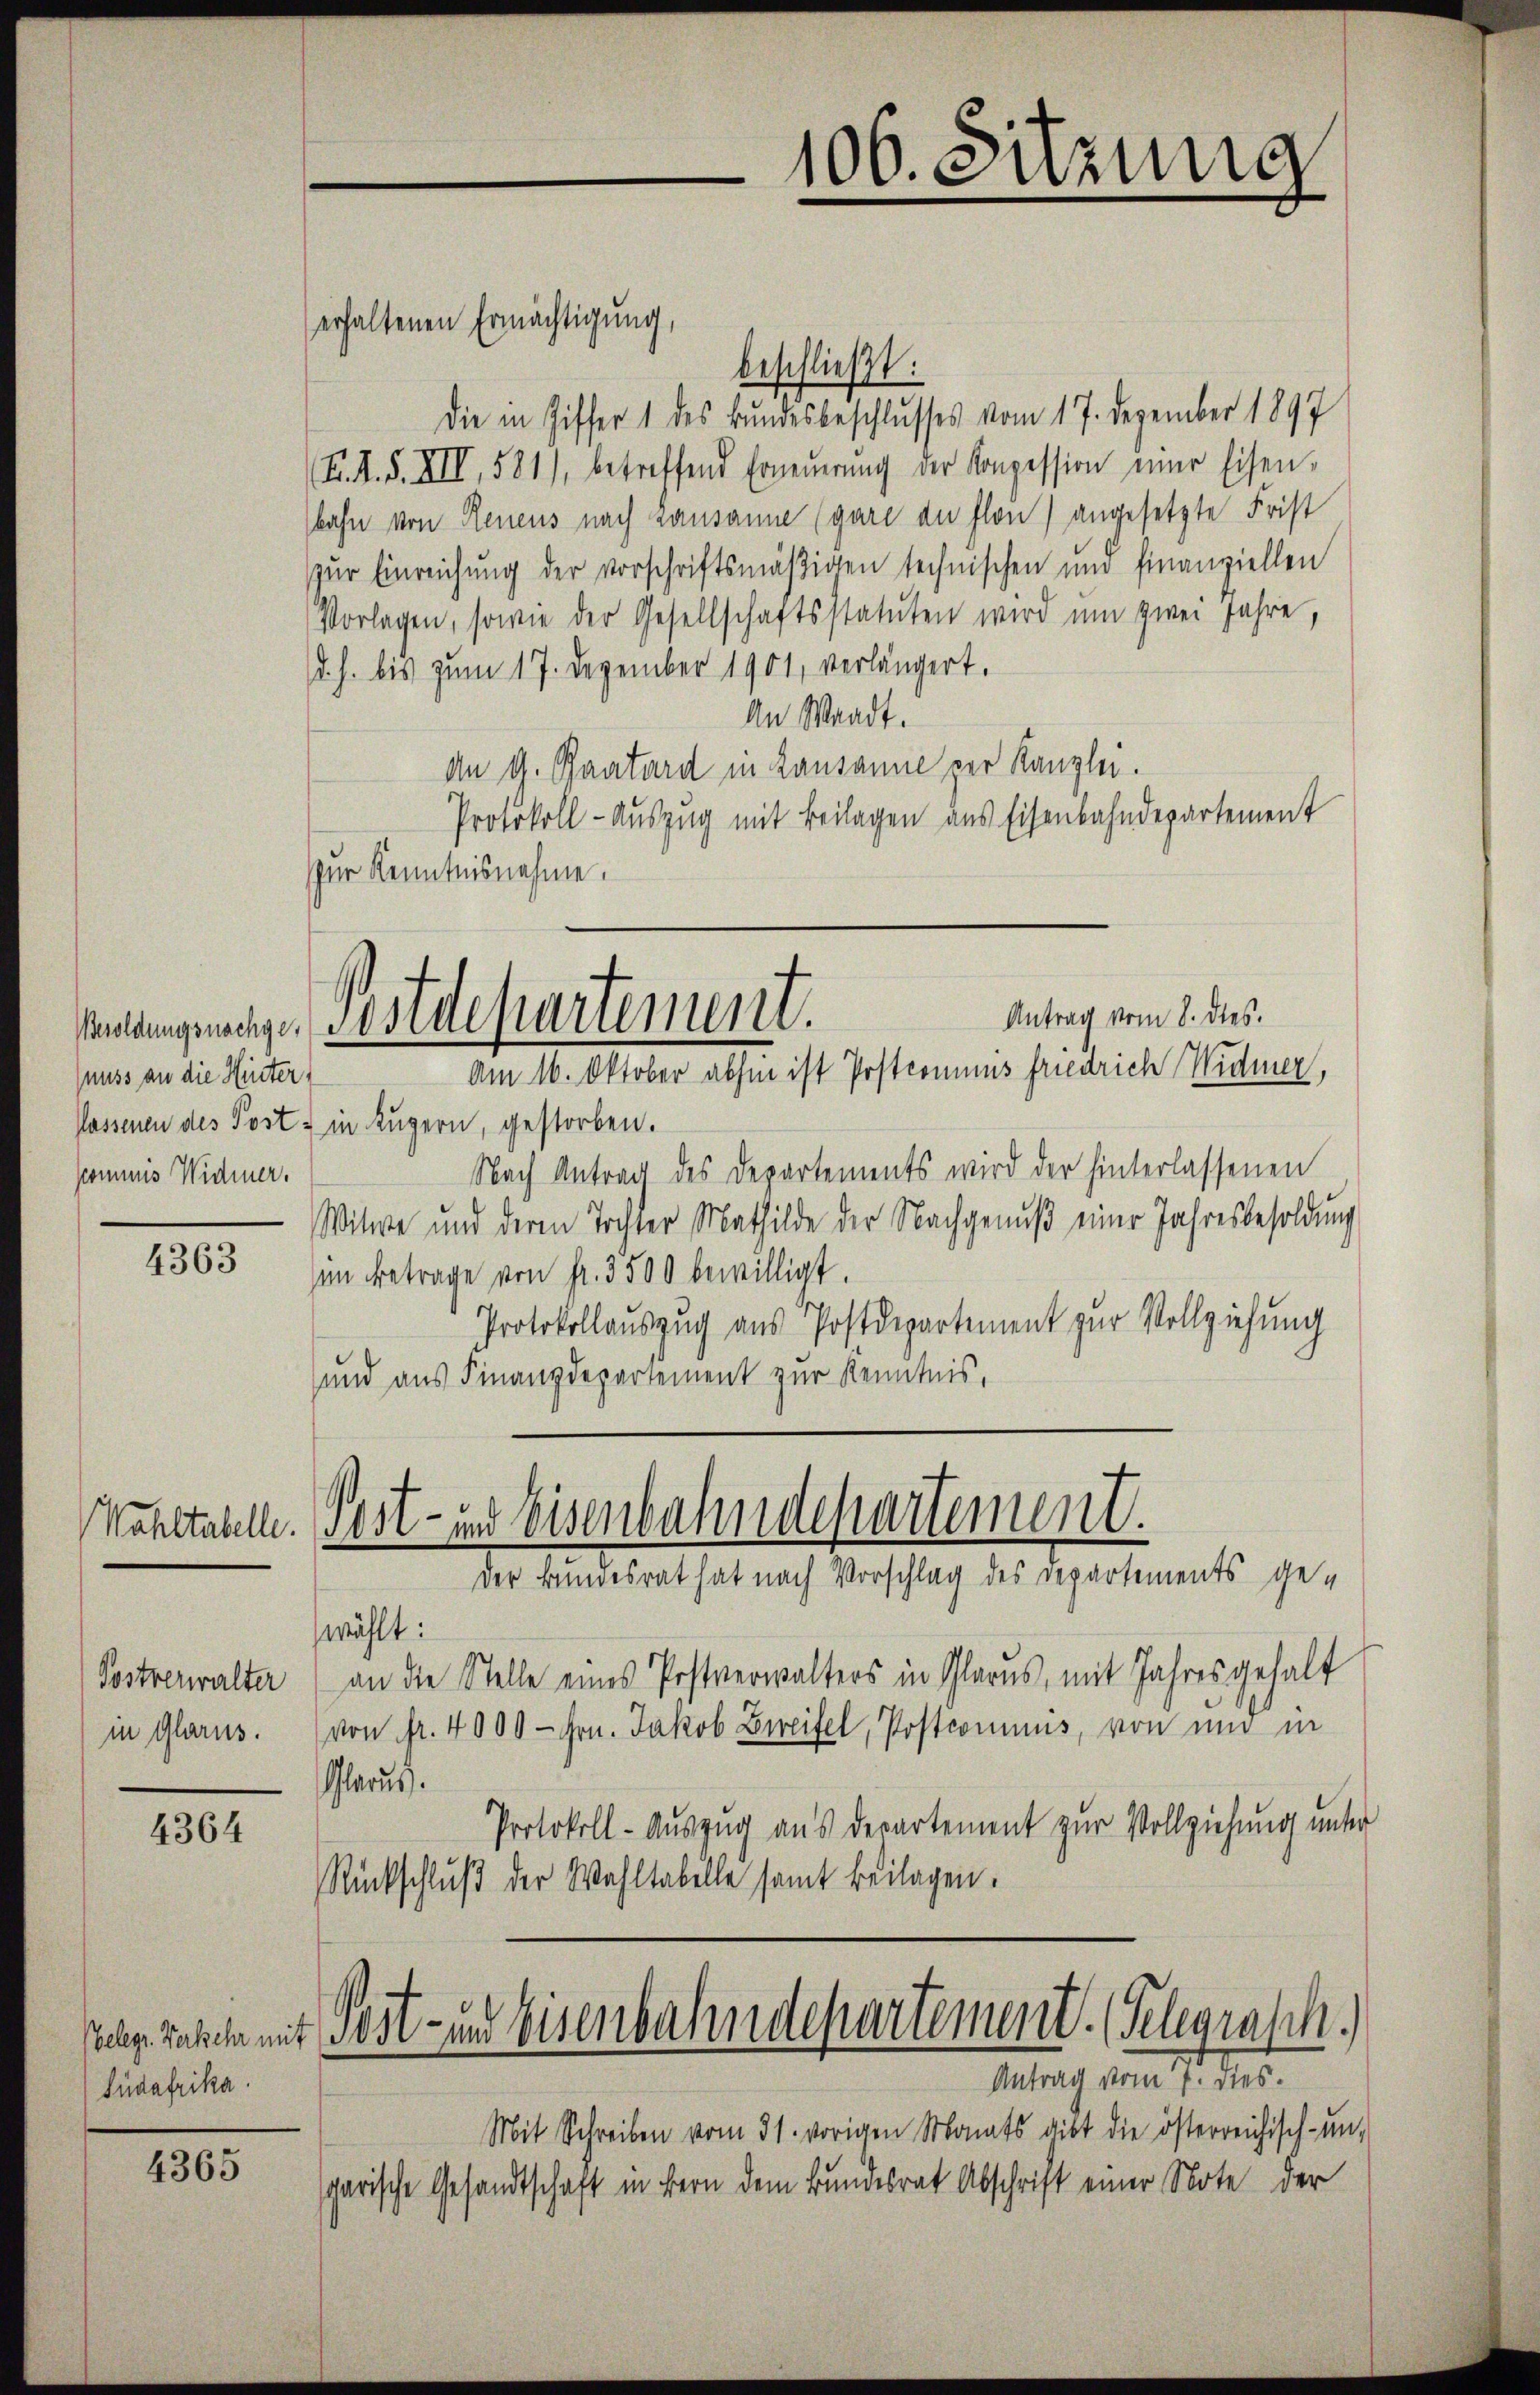
nuss an die Heiter
kommis Widmer.

4363

Postverwalter
in Glarus.

4364

Belegr. Verkehr mit
Südafrika.

4365

erhaltenen Ermächtigung,
beschließt:
Die in Ziffer 1 des Bundesbeschlusses vom 17. Dezember 1897
(F. A. S. XII, 581), betreffend Erneŭerŭng der Konzession einer Eisen-
bahn von Renens nach Lausanne (gare an flon) angesetzte Frist
zur Einreichung der vorschriftsmäßigen technischen und finanziellen
Vorlagen, sowie der Gesellschaftsstatuten wird um zwei Jahre,
(d. h. bis zum 17. Dezember 1901, verlängert.
An Waadt.
An G. Pantard in Lausanne der Kanzlei.
Protokoll-Auszug mit Beilagen aus Eisenbahndepartement
ur Kenntnisnahme.

Antrag vom 8. dtes.
Waldungsnachge-Postdepartement.
Am 16. Oktober abhin ist Postcommis friedrich Widmer,

flassenen des Post in Luzern, gestorben.
Nach Antrag des Departements wird der hinterlassenen
Witwe und deren Tochter Mathilde der Nachgenŭβ einer Jahresbesoldung
in Betrage von fr. 3500 bewilligt.
Protokollauszug aus Postdepartement zur Vollziehung
sund aus Finanzdepartement zur Kenntnis,

ahltahelle. Post - in Eisenbahndepartement.

106. Sitzung

der Bundesrat hat nach Vorschlag des Departements gewählt:
an die Stelle eines Postverwalters in Glarus, mit Jahres gehalt
(von fr. 4000 - Hrn. Jakob Zweifel, Postcommuns, von und in
Glarus.
Protokoll-Auszug aus departement zur Vollziehung unter
Rückschlŭβ der Wahltabelle samt beilagen.
Post- und Eisenbahndepartement. (Telegrasch.)
Antrag vom 7. dies
Mit Schreiben vom 31. vorigen Monats gibt die österreichisch-un-
parische Gesandtschaft in Bern dem Bundesrat Abschrift einer Note der